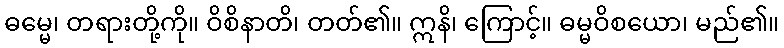
ဓမ္မေ၊ တရားတို့ကို။ ဝိစိနာတိ၊ တတ်၏။ ဣနိ၊ ကြောင့်။ ဓမ္မဝိစယော၊ မည်၏။